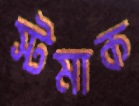
স্টমাক